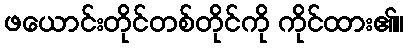
ဖယောင်းတိုင်တစ်တိုင်ကို ကိုင်ထား၏။